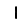
Digit: 1